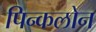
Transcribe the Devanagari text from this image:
पिन्कलोन